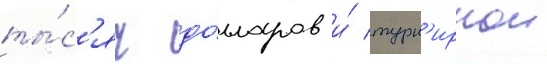
ты́с'яч до́лларов и́ турн'ирнои